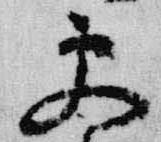
更